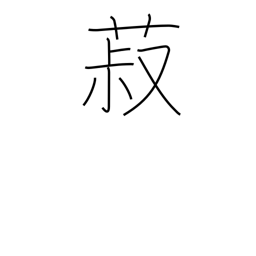
Meaning: beans